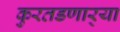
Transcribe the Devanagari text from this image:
कुरतडणार्‍या